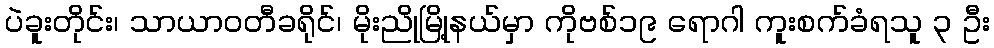
ပဲခူးတိုင်း၊ သာယာဝတီခရိုင်၊ မိုးညိုမြို့နယ်မှာ ကိုဗစ်၁၉ ရောဂါ ကူးစက်ခံရသူ ၃ ဦး